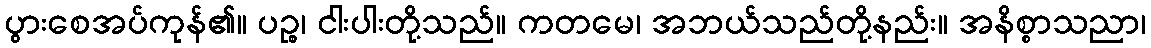
ပွားစေအပ်ကုန်၏။ ပဉ္စ၊ ငါးပါးတို့သည်။ ကတမေ၊ အဘယ်သည်တို့နည်း။ အနိစ္စာသညာ၊